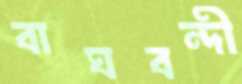
বাঘবন্দী